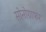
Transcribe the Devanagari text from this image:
सोनोग्राफर